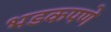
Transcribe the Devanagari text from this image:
भडकपणे